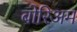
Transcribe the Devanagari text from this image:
बोरिअम